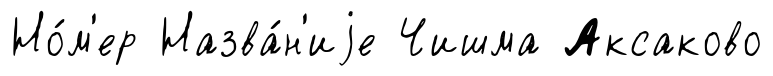
Но́м'ер Назва́н'иjе Чишма Аксаково